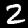
Digit: 2